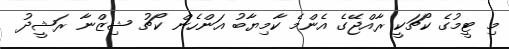
މި ޓީމުގެ ކޯޗަކީ ރާއްޖޭގެ އެންމެ ކާމިޔާބު އަންހެން ކޯޗު ޝިޒްނާ ރަޝީދު